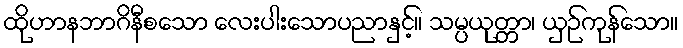
ထိုဟာနဘာဂိနီစသော လေးပါးသောပညာနှင့်။ သမ္ပယုတ္တာ၊ ယှဉ်ကုန်သော။